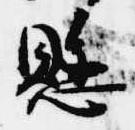
懸